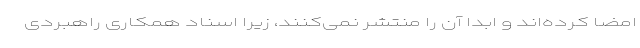
امضا کرده‌اند و ابداً آن را منتشر نمی‌کنند، زیرا اسناد همکاری راهبردی